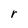
Character: r